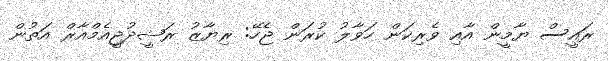
ރައީސް ޔާމީން އާއި ވެރިކަން ހަވާލު ކުރަން ޖެހޭ: ރިޔާޒު ރަޝީދުޖީއެމްއާރް އަތުން